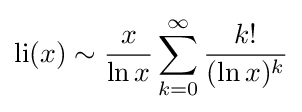
\operatorname {li} (x)\sim {\frac {x}{\ln x}}\sum _{k=0}^{\infty }{\frac {k!}{(\ln x)^{k}}}